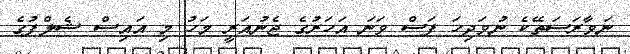
ނަވާރަސަތޭކެ ނުވަދިހަ ފަސް ވަނަ އަހަރުގެ ޖެނުއަރީ މަހު މި އައިސް ޝެލްފުގެ